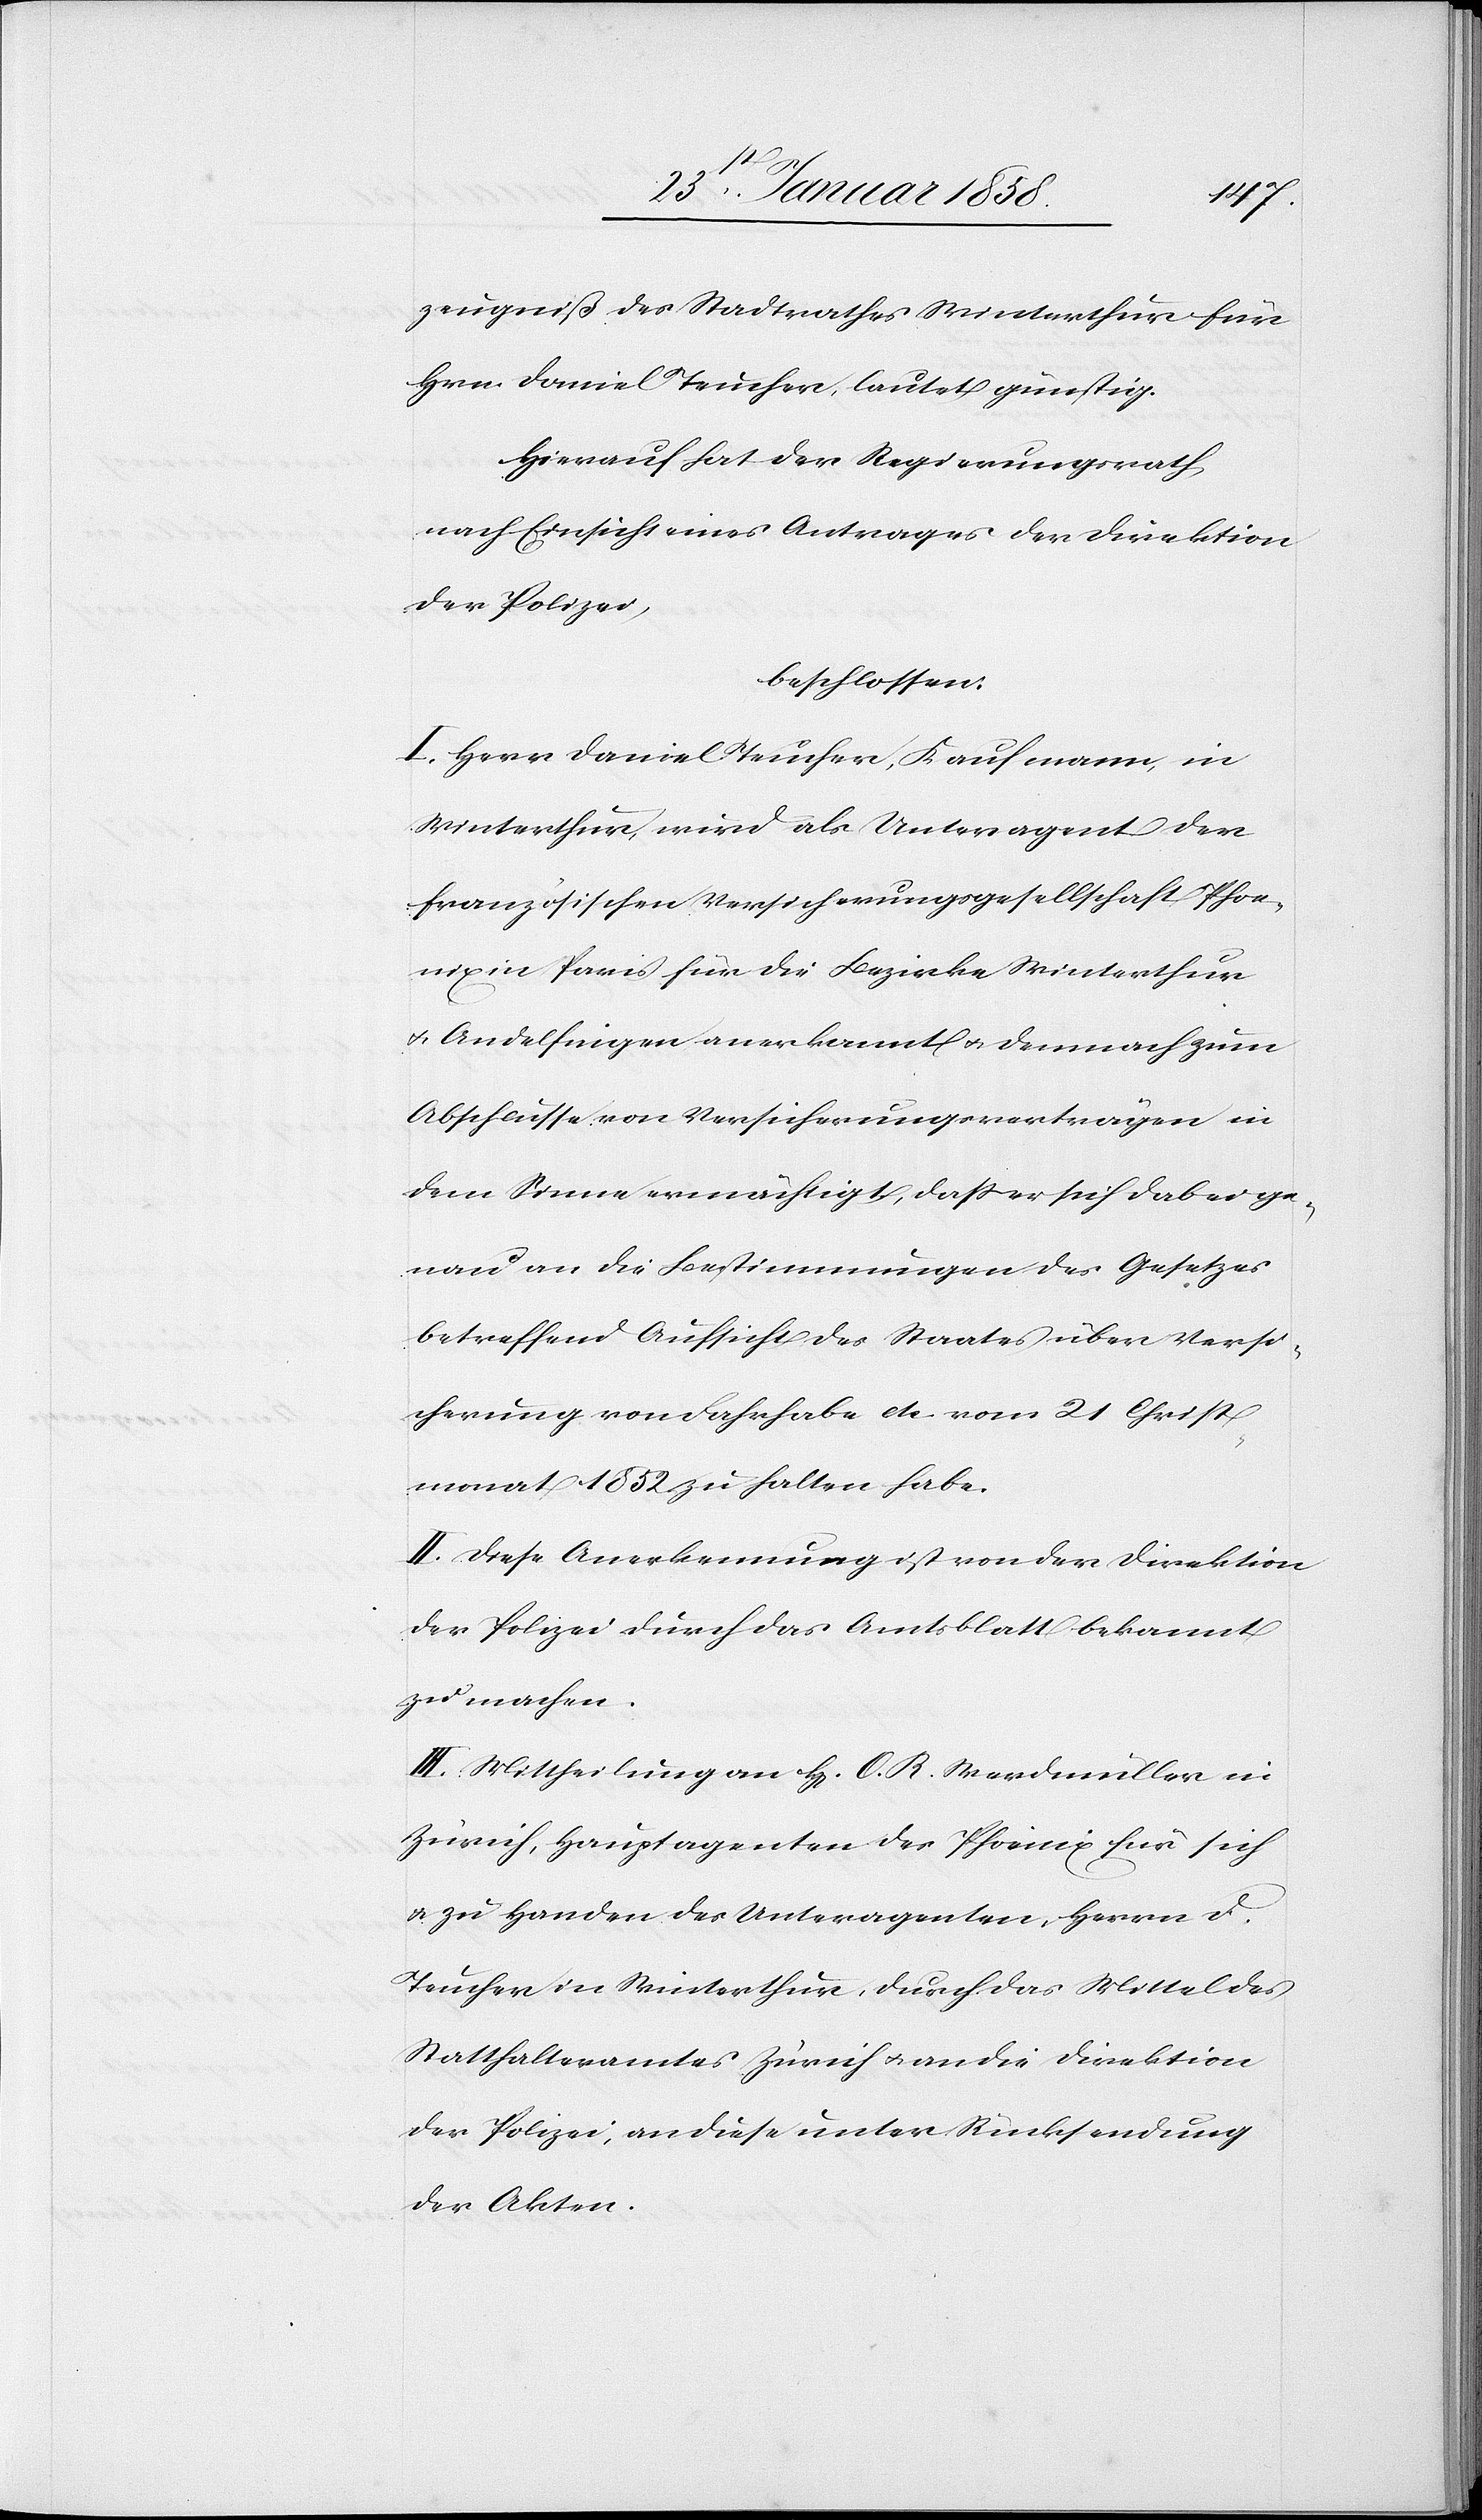
zeugniß des Stadtrathes Winterthur für
Hrn. Daniel Teucher, lautet günstig.
Hierauf hat der Regierungsrath,
nach Einsicht eines Antrages der Direktion
der Polizei,
beschlossen:
I. Herr Daniel Teucher, Kaufmann, in
Winterthur, wird als Unteragent der
französischen Versicherungsgesellschaft Phoe¬
nix in Paris für die Bezirke Winterthur
u. Andelfingen anerkannt u. demnach zum
Abschlusse von Versicherungsverträgen in
dem Sinne ermächtigt, daß er sich dabei ge¬
nau an die Bestimmungen des Gesetzes
betreffend Aufsicht des Staates über Versi¬
cherung von Fahrhabe etc. vom 21 Christ¬
monat 1852 zu halten habe.
II. Diese Anerkennung ist von der Direktion
der Polizei durch das Amtsblatt bekannt
zu machen.
III. Mittheilung an H. O. R. Werdmüller in
Zürich, Hauptagenten des Phoenix für sich
u. zu Handen des Unteragenten, Herrn D.
Teucher in Winterthur, durch das Mittel des
Statthalteramtes Zürich u. an die Direktion
der Polizei, an diese unter Rücksendung
der Akten.